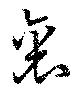
裏